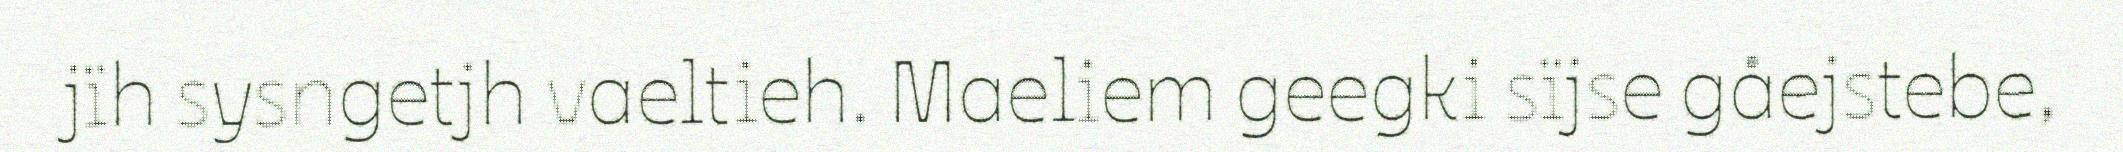
jïh sysngetjh vaeltieh. Maeliem geegki sïjse gåejstebe,